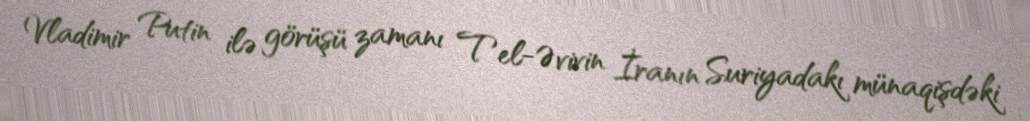
Vladimir Putin ilə görüşü zamanı Tel-Əvivin İranın Suriyadakı münaqişdəki